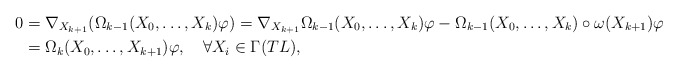
\begin{align*} 0&=\nabla_{X_{k+1}}(\Omega_{k-1}(X_0,\ldots,X_k)\varphi)=\nabla_{X_{k+1}}\Omega_{k-1}(X_0,\ldots,X_k)\varphi-\Omega_{k-1}(X_0,\ldots,X_k)\circ\omega(X_{k+1})\varphi\\ &=\Omega_k(X_0,\ldots,X_{k+1})\varphi,\quad\forall X_i \in\Gamma(TL), \end{align*}